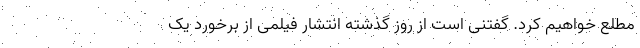
مطلع خواهیم کرد. گفتنی است از روز گذشته انتشار فیلمی از برخورد یک